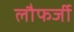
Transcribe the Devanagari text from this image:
लौफर्जी